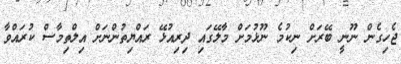
ޖެހިގެން ނޫނީ ބޭރަށް ނިކުމެ ނޫޅުމަށް މާލޭގައި ދިރިއުޅޭ ރައްޔިތުންނަށް އިލްތިމާސް ކުރައްވާ